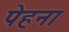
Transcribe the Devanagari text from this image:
पेहना